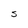
Character: S